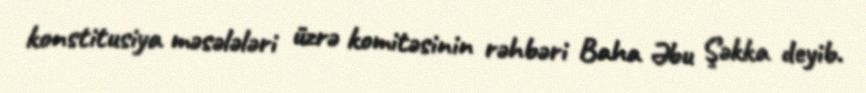
konstitusiya məsələləri üzrə komitəsinin rəhbəri Baha Əbu Şəkka deyib.